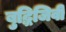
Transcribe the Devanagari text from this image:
बुद्धिजिवी